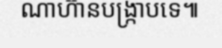
ណាហ៊ានបង្ក្រាបទេ៕